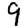
Digit: 9